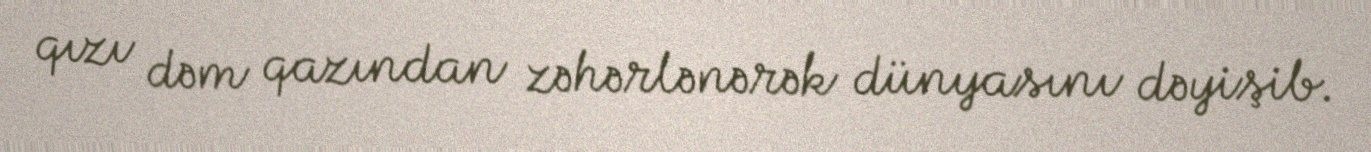
qızı dəm qazından zəhərlənərək dünyasını dəyişib.